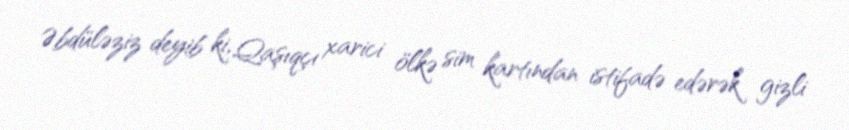
Əbdüləziz deyib ki, Qaşıqçı xarici ölkə sim kartından istifadə edərək gizli